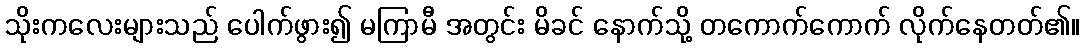
သိုးကလေးများသည် ပေါက်ဖွား၍ မကြာမီ အတွင်း မိခင် နောက်သို့ တကောက်ကောက် လိုက်နေတတ်၏။